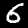
Digit: 6